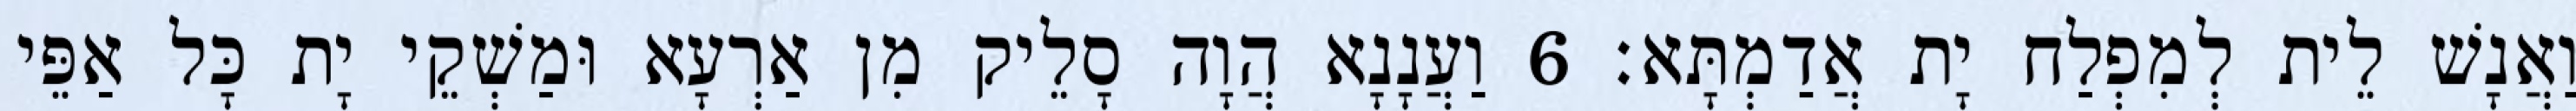
וַאֲנָשׁ לֵית לְמִפְלַח יָת אֲדַמְתָּא׃ 6 וַעֲנָנָא הֲוָה סָלֵיק מִן אַרְעָא וּמַשְׁקֵי יָת כָּל אַפֵּי